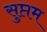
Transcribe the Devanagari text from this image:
सुप्तम